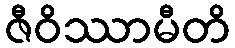
ဇီဝိဿာမီတိ